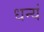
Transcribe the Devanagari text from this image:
धन्यं